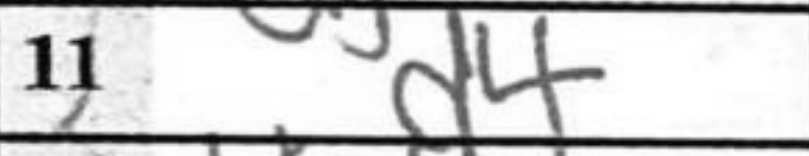
Transcription: d4